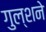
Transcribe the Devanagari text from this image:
गुल्शने